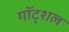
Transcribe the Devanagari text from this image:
गॉट्शल